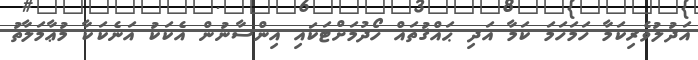
އަދުލުވެރިކަމާ ހަމަހަމަ ކަމާ އަދި ޙައްޤުތައް ހޯދުމަށްޓަކައި އިންސާނުން އެކަކު އަނެކަކާ މުޢާމަލާތު